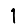
Digit: 1